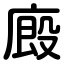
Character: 廄